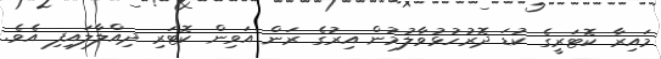
މައިރާ ކޮޓަރީގެ ކުޑަ ދޮރުހުޅުވާލުމުން އިރުގެ ރަން އަވިން ކޮޓަރި ދިއްލާލައިފި އެވެ.